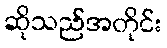
ဆိုသည်အတိုင်း